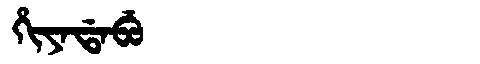
Manchu: ᡥᡳᠶᠠᡩᠠᠪᡠ
Romanization: HIYADABU